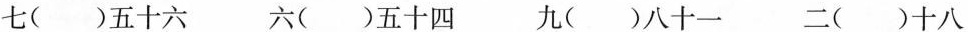
七()五十六 六()五十四 九()八十一 二()十八